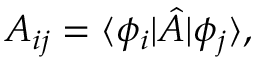
A _ { i j } = \langle \phi _ { i } | { \hat { A } } | \phi _ { j } \rangle ,